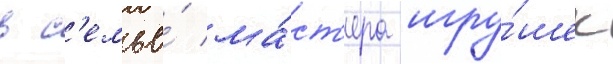
в с'емье́ ма́ст'ера игру́шек